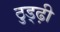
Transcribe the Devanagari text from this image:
ठुड्ढ़ी